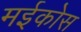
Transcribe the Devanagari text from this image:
मईकोस